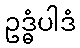
ဥဒ္ဓံပါဒံ